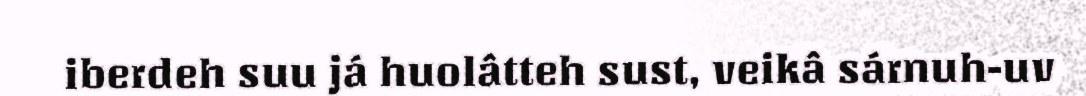
iberdeh suu já huolâtteh sust, veikâ sárnuh-uv